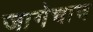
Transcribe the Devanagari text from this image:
जागेचाच